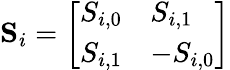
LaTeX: \mathbf{S}_{i}=\left[\begin{array}{ll}{S_{i,0}}&{S_{i,1}}\\ {S_{i,1}}&{-S_{i,0}}\end{array}\right]